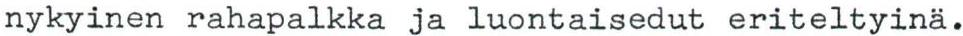
nykyinen rahapalkka ja luontaisedut eriteltyinä.